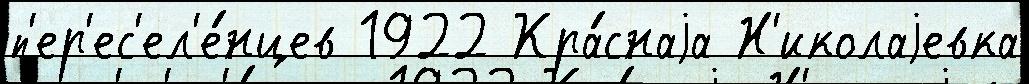
п'ер'ес'ел'е́нцев 1922 Кра́снаjа Н'иколаjевка